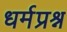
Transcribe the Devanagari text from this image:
धर्मप्रश्न